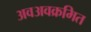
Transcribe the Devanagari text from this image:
अवअवक्रमित